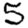
Digit: 5